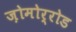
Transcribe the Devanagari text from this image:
ज़ोमोर्रोड